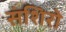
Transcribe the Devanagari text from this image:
संशिरो